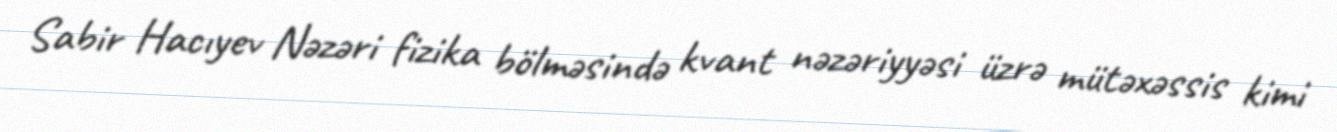
Sabir Hacıyev Nəzəri fizika bölməsində kvant nəzəriyyəsi üzrə mütəxəssis kimi